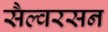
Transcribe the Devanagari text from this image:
सैल्वरसन